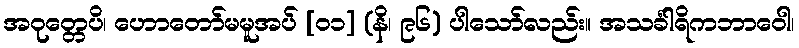
အဝုတ္တေပိ၊ ဟောတော်မမူအပ် [၀၁] (နိ၊ ၉၆) ပါသော်လည်း။ အသင်္ခါရိကဘာဝေါ၊